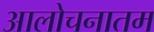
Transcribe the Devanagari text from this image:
आलोचनातम